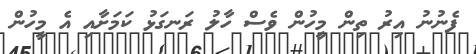
ފެނުނު އިރު ތިން މީހުން ވެސް ހާލު ރަނގަޅު ކަމަށާއި އެ މީހުން